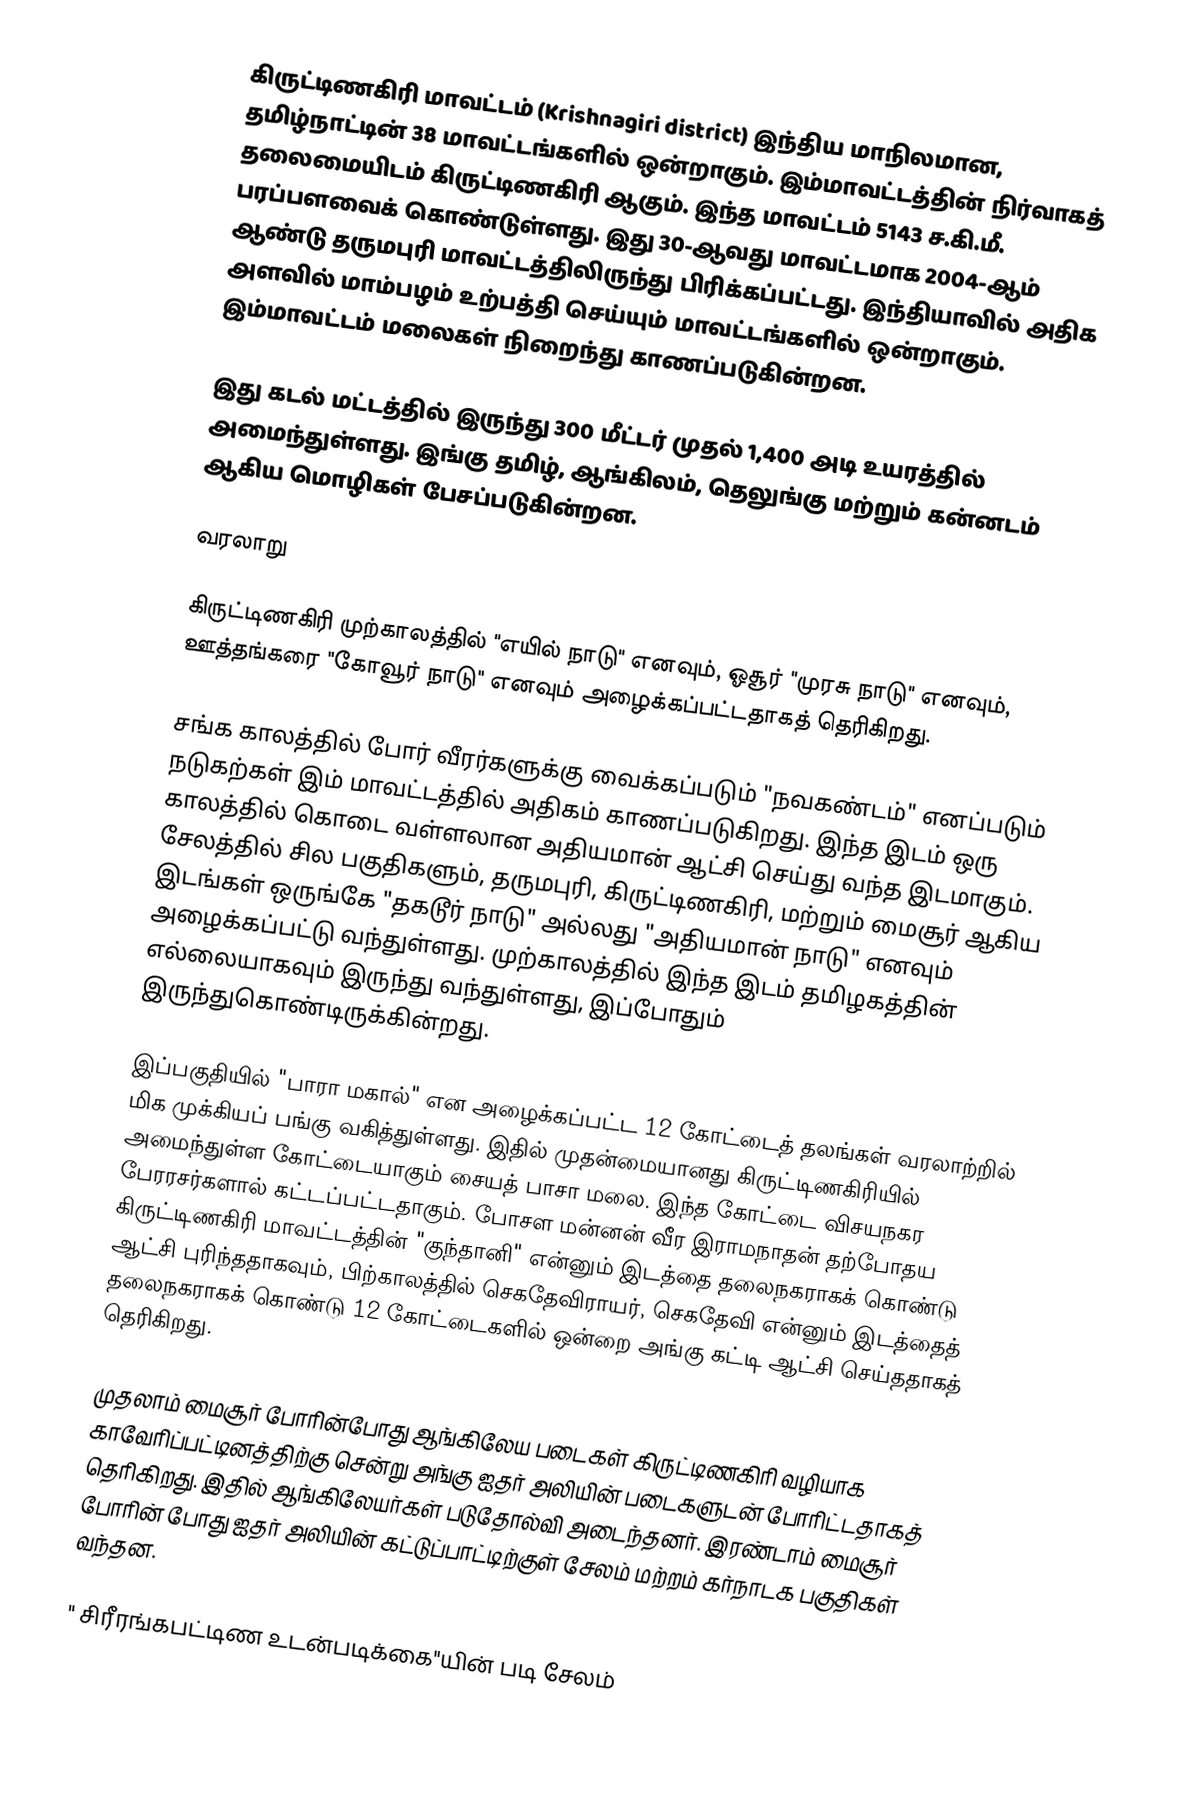
கிருட்டிணகிரி  மாவட்டம் (Krishnagiri district) இந்திய மாநிலமான, தமிழ்நாட்டின் 38 மாவட்டங்களில் ஒன்றாகும். இம்மாவட்டத்தின் நிர்வாகத் தலைமையிடம் கிருட்டிணகிரி ஆகும். இந்த மாவட்டம் 5143 ச.கி.மீ. பரப்பளவைக் கொண்டுள்ளது. இது 30-ஆவது மாவட்டமாக 2004-ஆம் ஆண்டு தருமபுரி மாவட்டத்திலிருந்து பிரிக்கப்பட்டது. இந்தியாவில் அதிக அளவில் மாம்பழம் உற்பத்தி செய்யும் மாவட்டங்களில் ஒன்றாகும். இம்மாவட்டம் மலைகள் நிறைந்து காணப்படுகின்றன.

இது கடல் மட்டத்தில் இருந்து 300 மீட்டர் முதல் 1,400 அடி உயரத்தில் அமைந்துள்ளது. இங்கு தமிழ், ஆங்கிலம், தெலுங்கு மற்றும் கன்னடம் ஆகிய மொழிகள் பேசப்படுகின்றன.

வரலாறு

கிருட்டிணகிரி முற்காலத்தில் "எயில் நாடு" எனவும், ஓசூர் "முரசு நாடு" எனவும், ஊத்தங்கரை "கோவூர் நாடு" எனவும் அழைக்கப்பட்டதாகத் தெரிகிறது.

சங்க காலத்தில் போர் வீரர்களுக்கு வைக்கப்படும் "நவகண்டம்" எனப்படும் நடுகற்கள் இம் மாவட்டத்தில் அதிகம் காணப்படுகிறது. இந்த இடம் ஒரு காலத்தில் கொடை வள்ளலான அதியமான் ஆட்சி செய்து வந்த இடமாகும். சேலத்தில் சில பகுதிகளும், தருமபுரி, கிருட்டிணகிரி, மற்றும் மைசூர் ஆகிய இடங்கள் ஒருங்கே "தகடூர் நாடு" அல்லது "அதியமான் நாடு" எனவும் அழைக்கப்பட்டு வந்துள்ளது. முற்காலத்தில் இந்த இடம் தமிழகத்தின் எல்லையாகவும் இருந்து வந்துள்ளது, இப்போதும் இருந்துகொண்டிருக்கின்றது.

இப்பகுதியில் "பாரா மகால்" என அழைக்கப்பட்ட 12 கோட்டைத் தலங்கள் வரலாற்றில் மிக முக்கியப் பங்கு வகித்துள்ளது. இதில் முதன்மையானது கிருட்டிணகிரியில் அமைந்துள்ள கோட்டையாகும் சையத் பாசா மலை. இந்த கோட்டை விசயநகர பேரரசர்களால் கட்டப்பட்டதாகும். போசள மன்னன் வீர இராமநாதன் தற்போதய கிருட்டிணகிரி மாவட்டத்தின் "குந்தானி" என்னும் இடத்தை தலைநகராகக் கொண்டு ஆட்சி புரிந்ததாகவும், பிற்காலத்தில் செகதேவிராயர், செகதேவி என்னும் இடத்தைத் தலைநகராகக் கொண்டு 12 கோட்டைகளில் ஒன்றை அங்கு கட்டி ஆட்சி செய்ததாகத் தெரிகிறது.

முதலாம் மைசூர் போரின்போது ஆங்கிலேய படைகள் கிருட்டிணகிரி வழியாக காவேரிப்பட்டினத்திற்கு சென்று அங்கு ஐதர் அலியின் படைகளுடன் போரிட்டதாகத் தெரிகிறது. இதில் ஆங்கிலேயர்கள் படுதோல்வி அடைந்தனர். இரண்டாம் மைசூர் போரின் போது ஐதர் அலியின் கட்டுப்பாட்டிற்குள் சேலம் மற்றம் கர்நாடக பகுதிகள் வந்தன.

" சிரீரங்கபட்டிண உடன்படிக்கை"யின் படி சேலம்